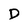
Character: D